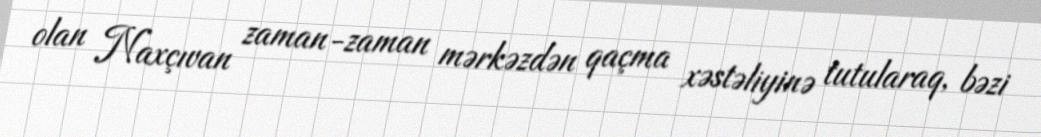
olan Naxçıvan zaman-zaman mərkəzdən qaçma xəstəliyinə tutularaq, bəzi